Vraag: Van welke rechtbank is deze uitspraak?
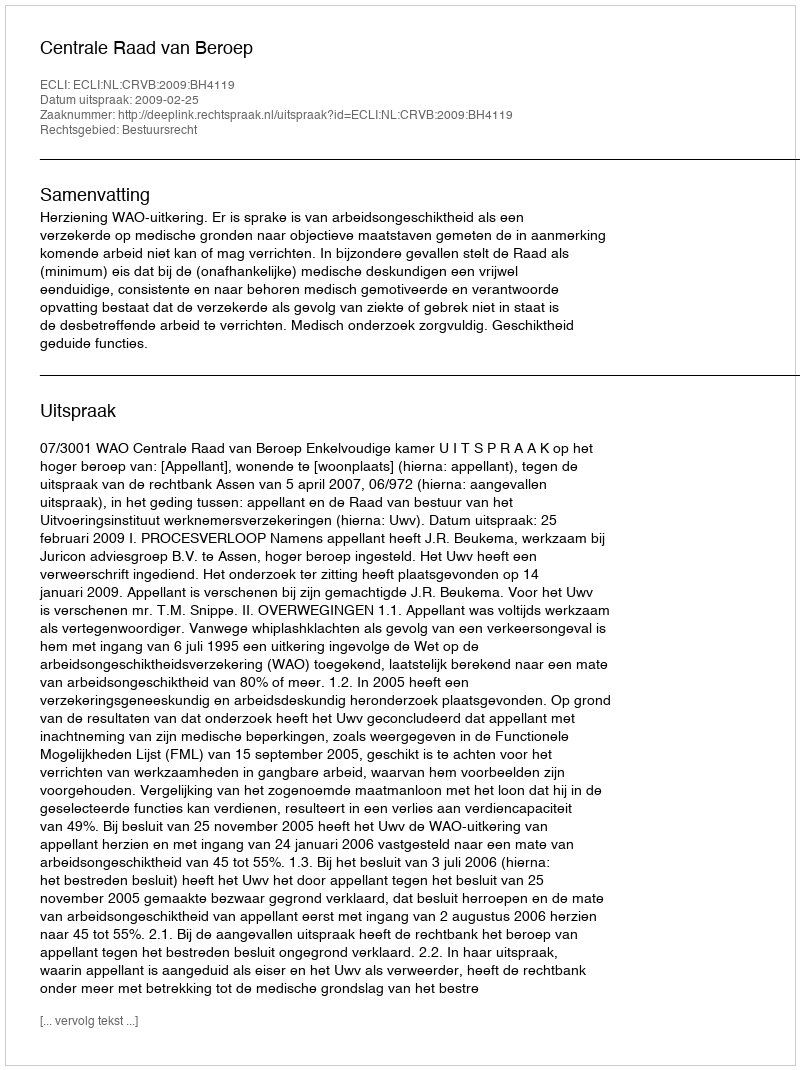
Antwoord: Centrale Raad van Beroep